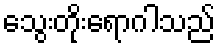
သွေးတိုးရောဂါသည်